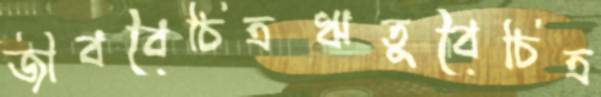
জীববৈচিত্রঋতুবৈচিত্র